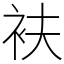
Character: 衭